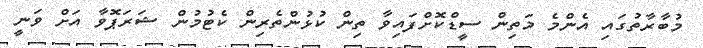
މުބާރާތުގައި އެންމެ މަތިން ސީޑްކޮށްފައިވާ ތިން ކުޅުންތެރިން ކެޓުމުން ޝަރަޕޮވާ އަށް ވަނީ